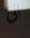
الى